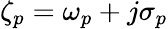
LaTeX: \zeta_{p}=\omega_{p}+j\sigma_{p}